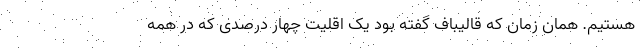
هستیم. همان زمان که قالیباف گفته بود یک اقلیت چهار درصدی که در همه